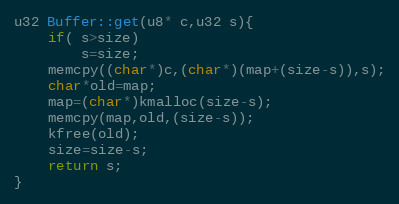
Language: C++
u32 Buffer::get(u8* c,u32 s){
	if( s>size)
		s=size;
	memcpy((char*)c,(char*)(map+(size-s)),s);
	char*old=map;
	map=(char*)kmalloc(size-s);
	memcpy(map,old,(size-s));
	kfree(old);
	size=size-s;
	return s;
}